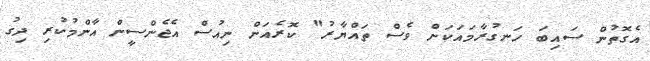
އެގޮތުން ސައިބަ ހަނގުރާމައަކަށް ވެސް ތައްޔާރު" ކޮރެއަން ނިއުސް އެެޖެންސީން އާންމުކުރި ދިގު